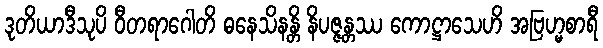
ဒုတိယာဒီသုပိ ဝီတရာဂေါတိ ဓနေသိနန္တိ နိပဇ္ဇန္တဿ ကောဋ္ဌာသေဟိ အဗြဟ္မစာရီ